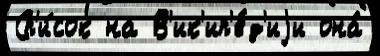
Сп'и́сок на В'ик'ип'е́д'иjи она́